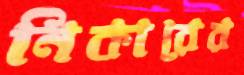
নিকারের